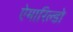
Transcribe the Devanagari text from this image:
ऐमारिल्डो